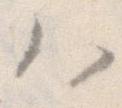
ハ